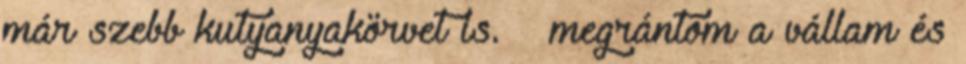
már szebb kutyanyakörvet is. – megrántom a vállam és